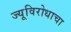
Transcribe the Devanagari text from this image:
ज्यूविरोधाचा